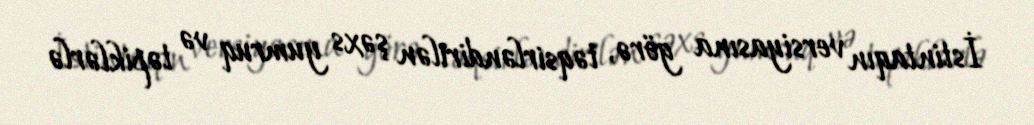
İstintaqın versiyasına görə, təqsirləndirilən şəxs yumruq və təpiklərlə